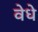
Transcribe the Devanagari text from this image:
वेधे